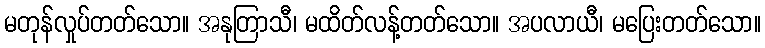
မတုန်လှုပ်တတ်သော။ အနုတြာသီ၊ မထိတ်လန့်တတ်သော။ အပလာယီ၊ မပြေးတတ်သော။